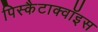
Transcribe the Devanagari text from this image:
पिस्कैटाक्वॉइस